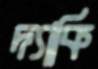
দ্যাকি